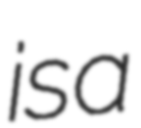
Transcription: is a